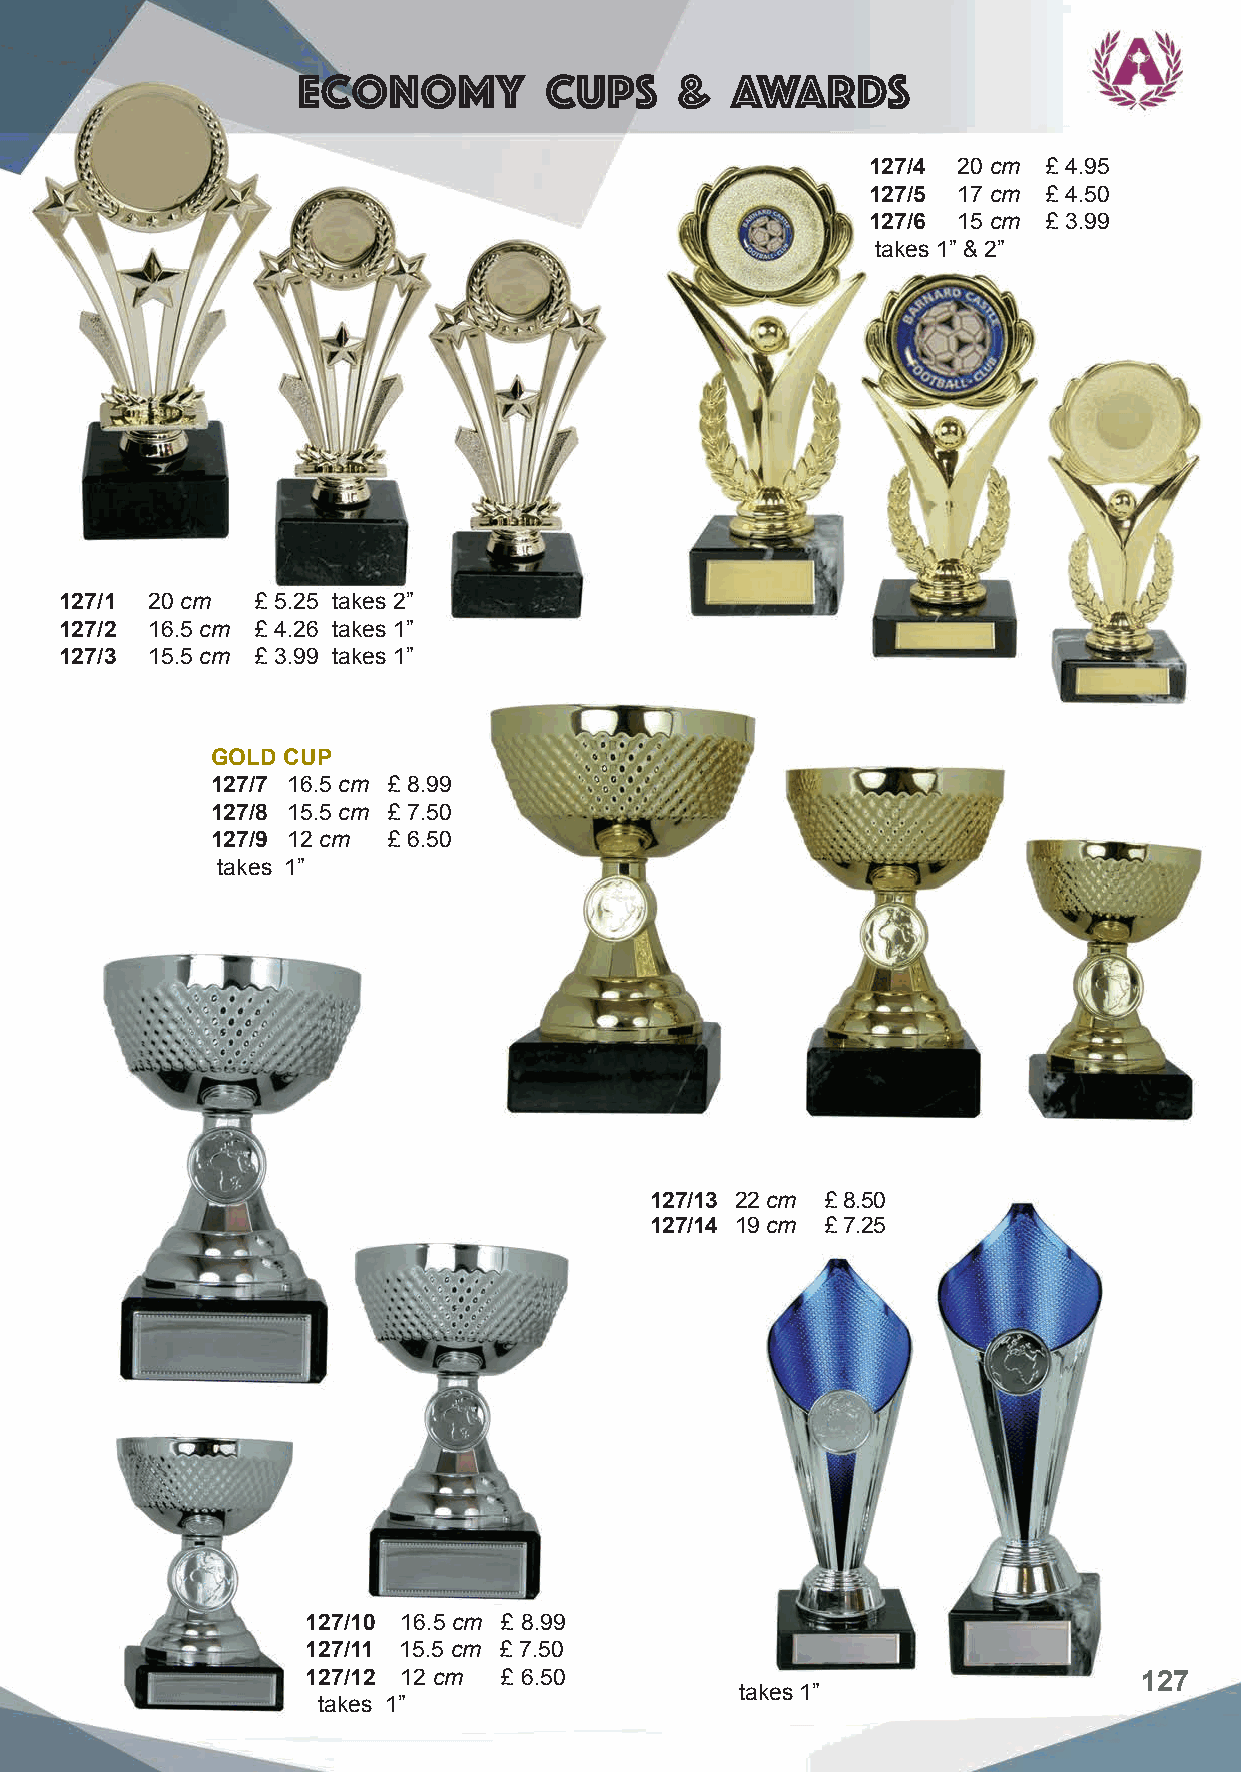
Economy         cups     &  Awards
 127/4 20 cm £ 4.95
 127/5 17 cm £ 4.50
 127/6 15 cm £ 3.99
 takes 1” & 2”
 127/1 20 cm  £ 5.25 takes 2”
 127/2 16.5 cm £ 4.26 takes 1”
 127/3 15.5 cm £ 3.99 takes 1”
 GOLD CUP
 127/7 16.5 cm £ 8.99
 127/8 15.5 cm £ 7.50
 127/9 12 cm £ 6.50
 takes 1”
 127/13 22 cm £ 8.50
 127/14 19 cm £ 7.25
 127/10 16.5 cm £ 8.99
 127/11 15.5 cm £ 7.50
 127/12 12 cm £ 6.50                                    127
 takes 1”
 takes 1”